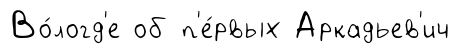
Во́логд'е об п'е́рвых Аркадьев'ич